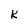
Character: K